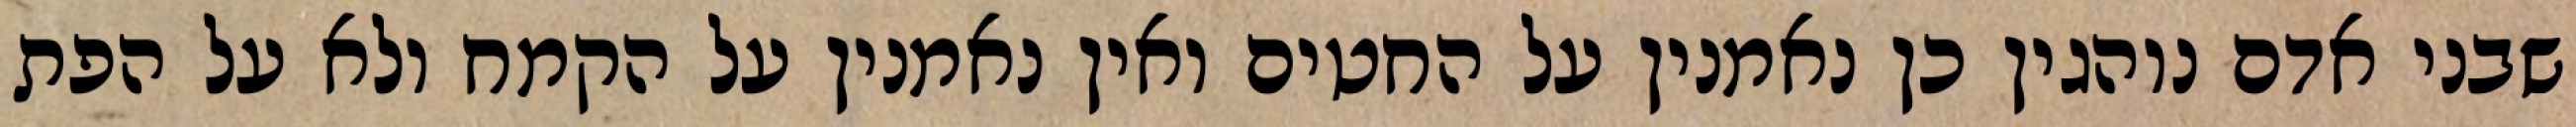
שבני אדם נוהגין כן נאמנין על החטים ואין נאמנין על הקמח ולא על הפת